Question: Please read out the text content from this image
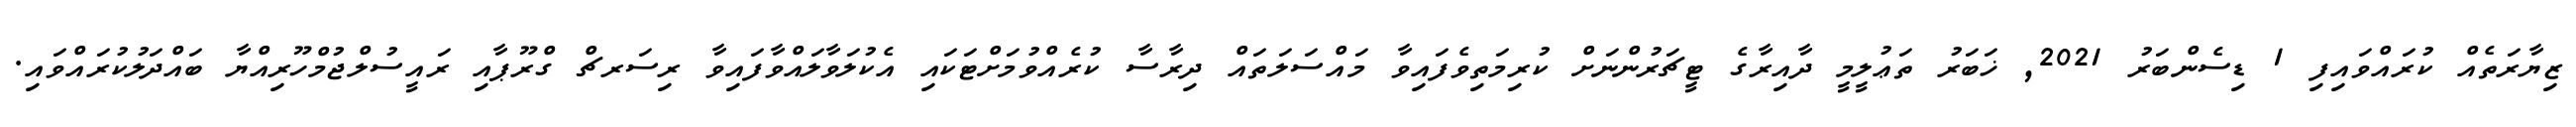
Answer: ޒިޔާރަތެއް ކުރައްވައިފި 1 ޑިސެންބަރު 2021, ޚަބަރު ތަޢުލީމީ ދާއިރާގެ ޓީޗަރުންނަށް ކުރިމަތިވެފައިވާ މައްސަލަތައް ދިރާސާ ކުރެއްވުމަށްޓަކައި އެކުލަވާލައްވާފައިވާ ރިސަރޗް ގްރޫޕާއި ރައީސުލްޖުމްހޫރިއްޔާ ބައްދަލުކުރައްވައި.